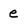
Character: e